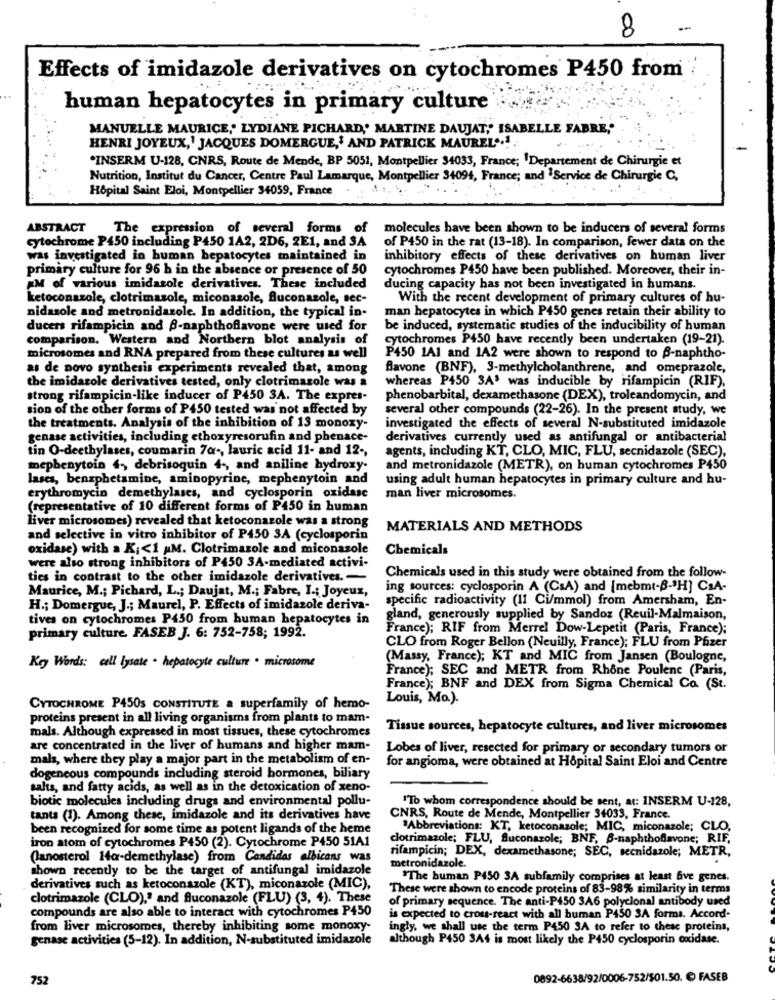
8
-
Effects of imidazole derivatives on cytochromes P450 from
human hepatocytes in primary culture
MANUELLE MAURICE,' LYDIANE PICHARD, MARTINE DAUJAT,' ISABELLE FABRE,'
HENRI JOYEUX,' JACQUES DOMERGUE,' AND PATRICK MAUREL' .!.
*INSERM U-128, CNRS, Route de Mende, BP 5051, Montpellier $4033, France; 1Departement de Chirurgie et
Nutrition, Institut du Cancer, Centre Paul Lamarque, Montpellier 34094, France; and 'Service de Chirurgie C,
Hôpital Saint Eloi, Montpellier 34059, France
ABSTRACT The expression of several forms of
molecules have been shown to be inducers of several forms
cytochrome P450 including P450 1A2, 2D6, 2E1, and 3A
of P450 in the rat (13-18). In comparison, fewer data on the
was investigated in human hepatocytes maintained in
inhibitory effects of these derivatives on human liver
primary culture for 96 h in the absence or presence of 50
cytochromes P450 have been published. Moreover, their in-
IM of various imidazole derivatives. These included
ducing capacity has not been investigated in humans.
ketoconazole, clotrimazole, miconazole, fluconazole, sec-
With the recent development of primary cultures of hu-
man hepatocytes in which P450 genes retain their ability to
nidazole and metronidazole. In addition, the typical in-
ducers rifampicin and B-napbthoflavone were used for
be induced, systematic studies of the inducibility of human
comparison. Western and Northern blot analysis of
cytochromes P450 have recently been undertaken (19-21).
microsomes and RNA prepared from these cultures as well
P450 1A1 and 1A2 were shown to respond to B-naphtho-
as de novo synthesis experiments revealed that, among
flavone (BNF), 3-methylcholanthrene, and omeprazole,
whereas P450 SA' was inducible by rifampicin (RIF),
the imidazole derivatives tested, only clotrimazole was a
strong rifampicin-like inducer of P450 3A. The expres-
phenobarbital, dexamethasone (DEX), troleandomycin, and
sion of the other forms of P450 tested was not affected by
several other compounds (22-26). In the present study, we
the treatments. Analysis of the inhibition of 13 monoxy-
investigated the effects of several N-substituted imidazole
genase activities, including ethoxyresorufin and phenace-
derivatives currently used as antifungal or antibacterial
tin O-deethylases, coumarin 70 -, lauric acid 11- and 12 -,
agents, including KT, CLO, MIC, FLU, secnidazole (SEC),
mephenytoin 4, debrisoquin 4, and aniline hydroxy.
and metronidazole (METR), on human cytochromes P450
lases, benzphetamine, aminopyrine, mephenytoin and
using adult human hepatocytes in primary culture and hu-
erythromycin demethylases, and cyclosporin oxidase
man liver microsomes.
(representative of 10 different forms of P450 in human
liver microsomes) revealed that ketoconazole was a strong
MATERIALS AND METHODS
and selective in vitro inhibitor of P450 3A (cyclosporin
oxidase) with a K :< 1 AM. Clotrimazole and miconazole
Chemicals
were also strong inhibitors of P450 3A-mediated activi-
ties in contrast to the other imidazole derivatives .-
Chemicals used in this study were obtained from the follow-
Maurice, M .; Pichard, L .; Daujat, M .; Fabre, I .; Joyeux,
ing sources: cyclosporin A (CsA) and (mebmt-B-"H] CsA-
specific radioactivity (11 Ci/mmol) from Amersham, En-
H .; Domergue, J .; Maurel, P. Effects of imidazole deriva-
tives on cytochromes P450 from human hepatocytes in
gland, generously supplied by Sandoz (Reuil-Malmaison,
France); RIF from Merrel Dow-Lepetit (Paris, France);
primary culture FASEB J. 6: 752-758; 1992.
CLO from Roger Bellon (Neuilly, France); FLU from Pfizer
(Massy, France); KT and MIC from Jansen (Boulogne,
Key Words: cell lysate . hepatocyte culture · microsome
France); SEC and METR from Rhône Poulenc (Paris,
France); BNF and DEX from Sigma Chemical Co (St.
Louis, Mo.).
CYTOCHROME P450S CONSTITUTE a superfamily of hemo-
proteins present in all living organisms from plants to mam-
mals. Although expressed in most tissues, these cytochromes
Tissue sources, hepatocyte cultures, and liver microsomes
are concentrated in the liver of humans and higher mam-
Lobes of liver, resected for primary or secondary tumors or
mala, where they play a major part in the metabolism of en-
for angioma, were obtained at Hôpital Saint Eloi and Centre
dogencous compounds including steroid hormones, biliary
salts, and fatty acids, as well as in the detoxication of xeno-
biotic molecules including drugs and environmental pollu-
"To whom correspondence should be sent, at: INSERM U-128,
tanta (1). Among these, imidazole and its derivatives have
CNRS, Route de Mende, Montpellier 34033, France.
been recognized for some time as potent ligands of the heme
"Abbreviations: KT, ketoconazole; MIC, miconazole; CLO,
iron atom of cytochromes P450 (2). Cytochrome P450 51A1
clotrimazole; FLU, fluconazole; BNF, B-naphthoflavone; RIF,
(lanosterol 14a-demethylase) from Candidas albicans was
rifampicin; DEX, dexamethasone; SEC, secnidazole; METR,
shown recently to be the target of antifungal imidazole
metronidazole.
"The human P450 3A subfamily comprises at least five genes.
derivatives such as ketoconazole (KT), miconazole (MIC),
These were shown to encode proteins of 83-98% similarity in terms
clotrimazole (CLO)," and fluconazole (FLU) (3, 4). These
of primary sequence. The anti-P450 3A6 polyclonal antibody used
compounds are also able to interact with cytochromes P450
is expected to cross-react with all human P450 3A forma. Accord-
from liver microsomes, thereby inhibiting some monoxy-
ingly, we shall use the term P450 SA to refer to thesc proteins,
genase activities (5-12). In addition, N-substituted imidazole
although P450 3A4 is most likely the P450 cyclosporin oxidase.
752
0892-6638/92/0006-752/501.50. @ FASEB